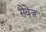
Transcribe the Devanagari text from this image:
सेवेज़